Calcutta medical institutions reports 1871-78
Year: 1871
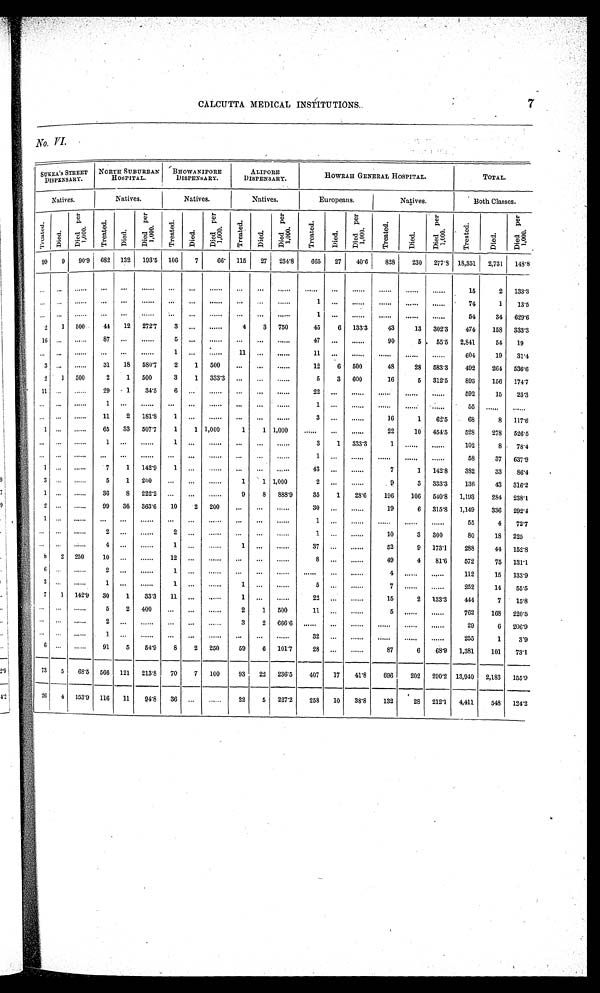
CALCUTTA MEDICAL INSTITUTIONS.
7
No. VI
S U K E A ' S S T R E E T D I S P E N S A R Y .
N O R T H S U B U R B A N H O S P I T A L .
B H O W A N I P O R E D I S P E N S A R Y .
A L I P O R E D I S P E N S A R Y .
H O W R A H G E N E R A L H O S P I T A L .
TOTAL.
Natives.
Natives.
Natives.
Natives.
Europeans.
Natives.
Both Classes.
T r e a t e d . Di ed.
D i e d p e r 1 , 0 0 0 .
T r e a t e d .
D i e d .
D i e d p e r 1 , 0 0 0 .
T r e a t e d .
D i e d .
D i e d p e r 1 , 0 0 0 .
T r e a t e d .
D i e d .
D i e d p e r 1 , 0 0 0 .
T r e a t e d .
D i e d .
D i e d p e r 1 , 0 0 0 .
T r e a t e d .
D i e d .
D i e d p e r 1 , 0 0 0 .
T r e a t e d .
D i e d .
D i e d p e r 1 , 0 0 0 .
99
9
90.9 682 132
193.5
106
7
66.
115
27
234.8
665
27
40.6
828
230
277.8 18,351
2,731
148.8
. . .
...
...
...
...
...
...
...
...
...
...
....
....
...
.... ....
....
....
15
2
133.3
. . . ...
....
...
...
....
...
. . .
....
...
...
....
1 ...
.... ....
....
....
74
1
13.5
. . . ...
....
. . .
. . .
.... ...
...
....
...
...
....
1 ...
.... ....
....
....
54
34
6 2 9 . 6
2
1
500
44
12
272.7
3
. . .
....
4
3
750
45
6
133.3
43
13
302.3
474
158
333.3
1 6 ...
....
8 7 ...
....
5
...
....
...
...
....
47
...
....
90
5
55.5
2,841
54
19
. . . ...
....
. . .
. . .
....
1
...
....
11
...
....
11 ...
....
....
....
....
604
19
31.4
3
. . .
....
31
18
580.7
2
1
500
...
...
....
12
6
500
48
28
583.3
492
264
536.6
2
1
500
2
1
500
3
1
333.3 ...
...
....
5
3
600
16
5
312.5
893
156
1 7 4 . 7
1 1 ...
....
29
1
34.5
6
...
....
...
...
....
22 ...
....
....
....
....
592
15
25.3
. . . ... ....
1
. . .
....
. . .
...
. . . .
. . . ...
....
1
...
....
. . . .
. . . .
. . . . 55
. . . .
. . . .
. . . ...
....
11
2
181.8
1
...
....
...
...
....
3 ...
....
16
1
62.5
68
8
117.6
1 ...
....
65
33
507.7
1
1 1,000
1
1 1,000
. . . .
. . .
....
22
10
454.5
528
278
526.5
...
...
....
1
...
....
1
... ....
...
...
....
3
1
333.3
1
. . . .
. . . .
102
8
78.4
. . .
... ....
. . .
. . .
....
. . .
...
....
...
...
....
1 ...
....
....
....
....
58
37
637.9
1 ...
....
7
1
142.9
1
. . .
....
...
...
....
43
. . .
....
7
1
142.8
382
33
86.4
3
. . .
....
5
1
200
...
...
....
1
1 1,000
2
. . .
....
9
3
333.3
136
43
316.2
1 ...
....
36
8
222.2
...
...
....
9
8
888.9
35
1
28.6
196
106
540.8
1,193
284
238.1
2 ...
....
99
36
363.6
10
2
200
...
...
....
30
...
....
19
6
315.8
1,149
336
292. 4
1 ...
....
... ...
....
. . .
...
....
. . . ...
....
1 ...
....
. . . .
. . . .
. . . .
55
4
72.7
. . . ...
....
2 ...
....
2 ...
....
..
...
....
1
...
....
10
3
300
80
18
225
...
...
....
4 ...
....
1 ...
....
1
...
....
37
...
....
52
9
173.1
288
44
152.8
8
2
250
10
. . .
....
12 ...
....
. . .
...
....
8
. . .
....
49
4
81.6
572
75
131.1
6 ...
. . . .
2
...
....
1
...
....
...
...
....
. . . .
...
....
4 ....
....
112
15
133.9
3 ...
. . . .
1 ...
....
1 ...
....
1 ...
....
5 ...
....
7 ....
....
252
14
55.5
7
1
142.9
30
1
33.3
11
. . .
....
1
...
...
22
...
....
15
2
133.3
444
7
15.8
...
...
....
5
2
400
. . .
. . .
....
2
1
500
11 ...
....
5 ....
....
762
168
220.5
...
...
....
2
...
.... ...
. . .
....
3
2
666.6
. . . .
...
....
....
....
....
29
6
2 0 6 . 9
... ...
....
1
...
. . . . ...
...
....
...
...
. . . .
32 ...
....
....
....
....
255
1
3.9
6 ..
....
91
5
54.9
8
2
250
59
6
101.7
28
...
....
87
6
68.9
1,381
101
73.1
7 3
5
68.5
566
121
213.8
70
7
100
93
22
236.5
407
17
41.8
696
202
290.2 13,940
2,183
155.9
26
4
153.9
116
11
94.8
36
...
....
22
5
227.2
258
10
38.8
132
28
212.1
4,411
548
124.2